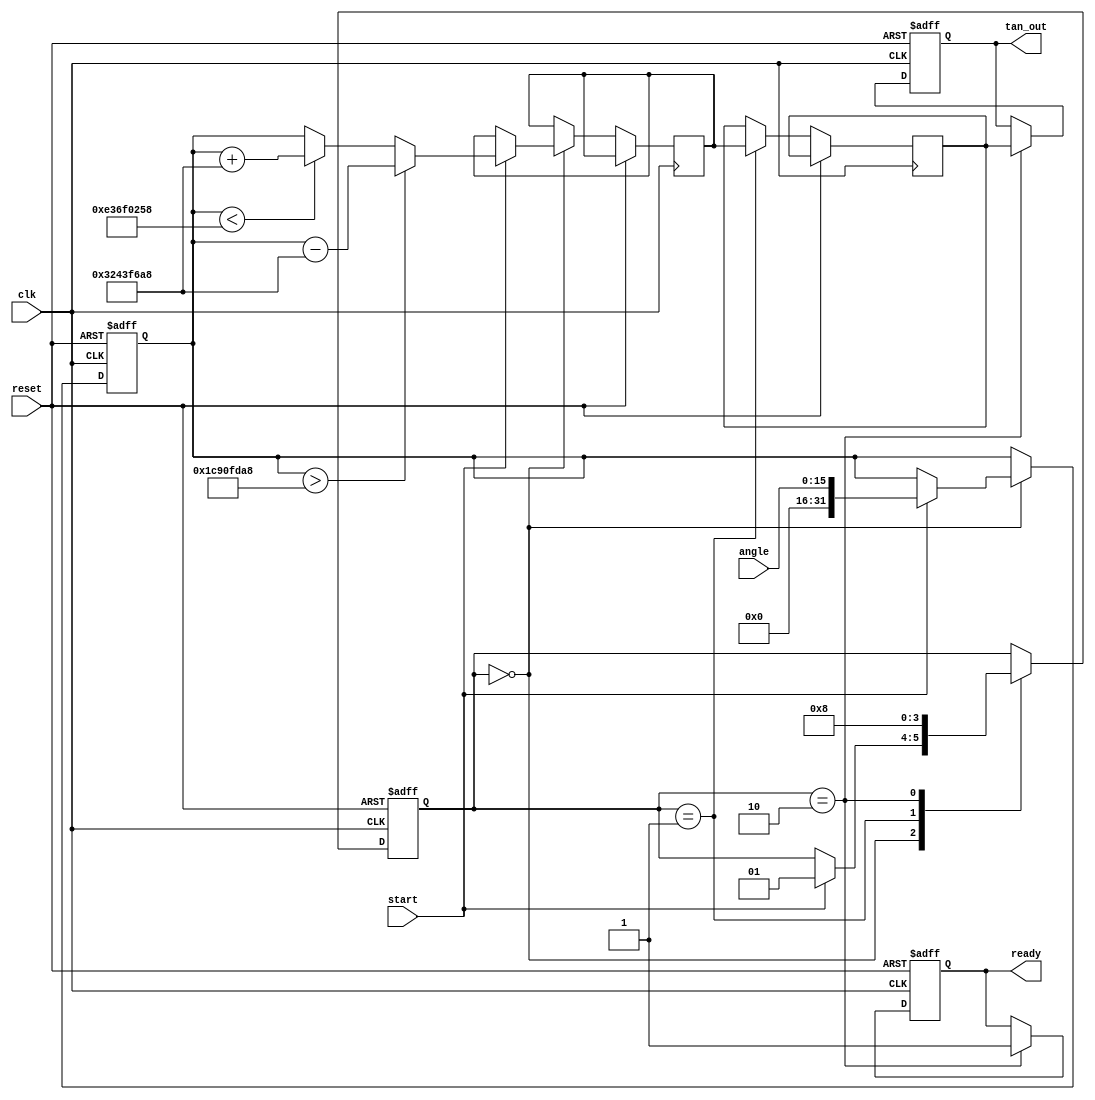
module tan_block (
    input         clk,
    input         reset,
    input  [15:0] angle,  // 16-bit fixed-point input (radians)
    output reg [31:0] tan_out, // 32-bit fixed-point output
    input         start,
    output reg    ready
);

    // Constants for the Taylor series approximation
    parameter [31:0] PI = 32'h3243F6A8; //  in fixed-point
    parameter [31:0] PI_2 = 32'h1C90FDA8; // /2 in fixed-point

    reg [31:0] angle_fixed; // Fixed-point representation of angle
    reg [31:0] angle_mod;   // Angle mod /2 for periodicity
    reg [31:0] tan_result;   // Result of the tangent calculation

    // State machine for processing
    reg [1:0] state;
    localparam IDLE = 2'b00, CALCULATE = 2'b01, OUTPUT = 2'b10;

    // Angle normalization to [-/2, /2]
    always @(posedge clk or posedge reset) begin
        if (reset) begin
            angle_fixed <= 0;
            tan_out <= 0;
            ready <= 0;
            state <= IDLE;
        end else begin
            case (state)
                IDLE: begin
                    if (start) begin
                        angle_fixed <= {16'b0, angle}; // Extend to 32 bits
                        // Normalize angle to [-/2, /2]
                        if (angle_fixed > PI_2) begin
                            angle_mod <= angle_fixed - PI; // Adjusting to the range
                        end else if (angle_fixed < -PI_2) begin
                            angle_mod <= angle_fixed + PI; // Adjusting to the range
                        end else begin
                            angle_mod <= angle_fixed;
                        end
                        state <= CALCULATE;
                    end
                end
                CALCULATE: begin
                    // Simple Taylor series approximation for tan(x)
                    // tan(x) = x + x^3/3 + x^5/5 + ...
                    // For simplicity, we will calculate only the first term
                    tan_result <= angle_mod; // First term
                    // Further terms can be added for more precision
                    state <= OUTPUT;
                end
                OUTPUT: begin
                    tan_out <= tan_result;
                    ready <= 1; // Indicate that the output is ready
                    state <= IDLE; // Go back to idle
                end
            endcase
        end
    end

endmodule